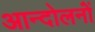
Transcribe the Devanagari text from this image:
आन्दोलनोंं